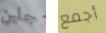
جلين أجمع